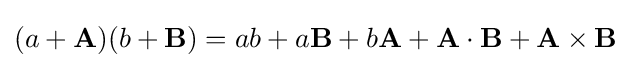
(a+\mathbf {A} )(b+\mathbf {B} )=ab+a\mathbf {B} +b\mathbf {A} +\mathbf {A} \cdot \mathbf {B} +\mathbf {A} \times \mathbf {B}